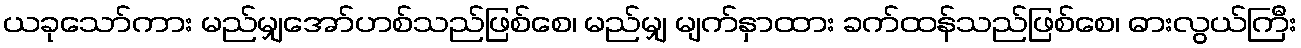
ယခုသော်ကား မည်မျှအော်ဟစ်သည်ဖြစ်စေ၊ မည်မျှ မျက်နှာထား ခက်ထန်သည်ဖြစ်စေ၊ ဓားလွယ်ကြီး